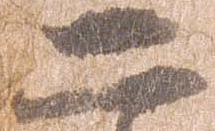
二